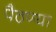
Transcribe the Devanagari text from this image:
पैठण्या